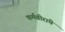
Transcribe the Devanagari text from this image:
कर्मवीरांचे